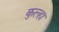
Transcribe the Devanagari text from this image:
कुल्हा